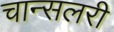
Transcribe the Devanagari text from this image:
चान्सलरी